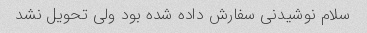
سلام نوشیدنی سفارش داده شده بود ولی تحویل نشد